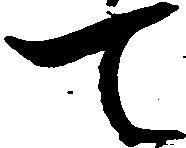
て